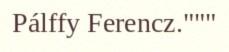
Pálffy Ferencz."""